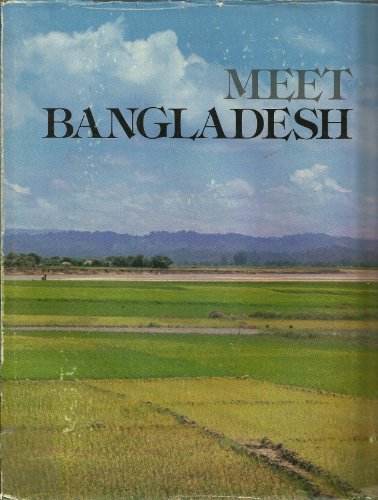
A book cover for Meet Bangladesh; enamul haq; Travel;